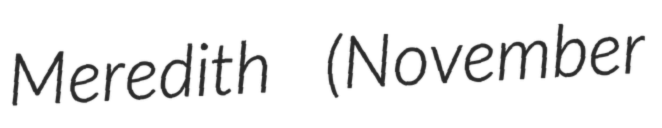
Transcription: Meredith (November